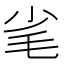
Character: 毟